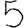
Digit: 5